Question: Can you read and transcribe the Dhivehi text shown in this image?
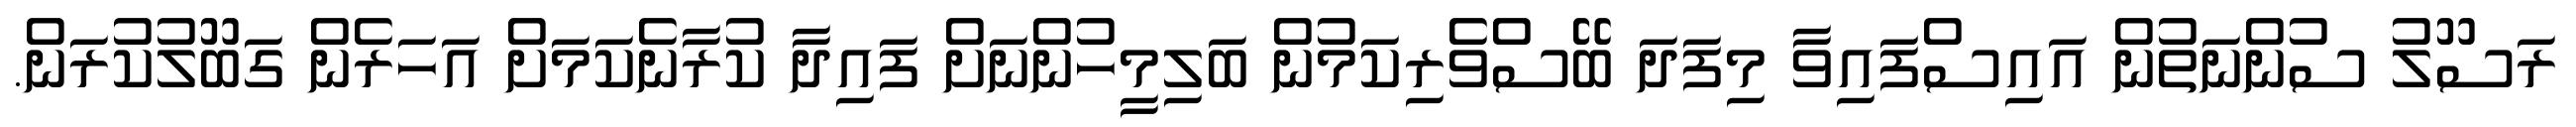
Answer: ރަސޫލު ސުންނަތުން އައިސްފައިވާ މިފަދަ ބޭސްވެރިކަމުން ބަލިމީހުންނަށް ފައިދާ ކުރާނެކަމަށް އަހަރެން ގަބޫލުކުރަން.